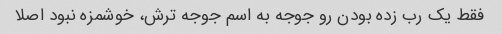
فقط یک رب زده بودن رو جوجه به اسم جوجه ترش، خوشمزه نبود اصلا